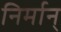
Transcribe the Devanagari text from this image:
निर्मान्